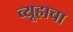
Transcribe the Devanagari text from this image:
व्यूहाचा